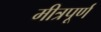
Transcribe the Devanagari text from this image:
मीत्रपूर्ण